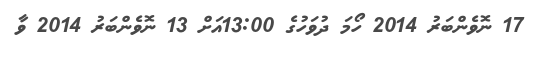
17 ނޮވެންބަރު 2014 ހޯމަ ދުވަހުގެ 13:00އަށް 13 ނޮވެންބަރު 2014 ވާ